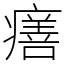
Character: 𤺪